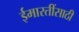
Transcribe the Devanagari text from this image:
ईमारतींसाठी